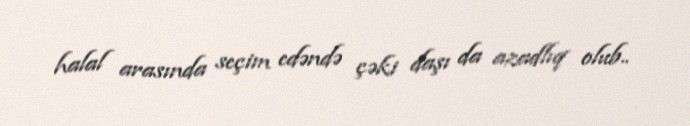
halal arasında seçim edəndə çəki daşı da azadlıq olub..